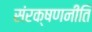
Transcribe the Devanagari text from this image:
संरक्षणनीति